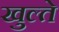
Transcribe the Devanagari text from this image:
खुल्ते